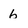
Character: 6